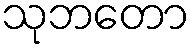
သုဘတော